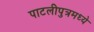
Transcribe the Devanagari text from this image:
पाटलीपुत्रमध्ये